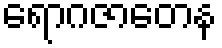
ရောဂဇာတေန